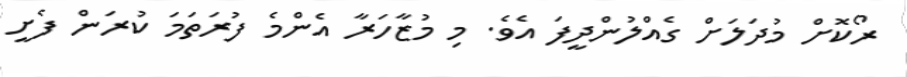
ރޯކޮށް މުދަލަށް ގެއްލުންދީފަ އެވެ. މި މުޒާހަރާ އެންމެ ފުރަތަމަ ކުރަން ފެށީ